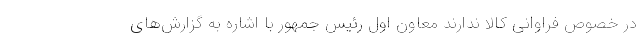
در خصوص فراوانی کالا ندارند معاون اول رئیس جمهور با اشاره به گزارش‌های